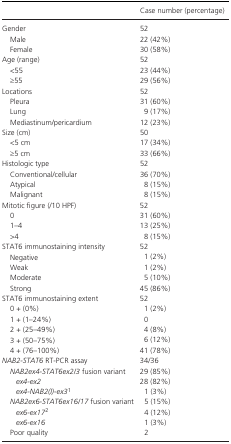
<table><thead><tr><td>[EMPTY_CELL]</td><td><b>Case number (percentage)</b></td></tr></thead><tbody><tr><td>Gender</td><td>52</td></tr><tr><td>Male</td><td>22 (42%)</td></tr><tr><td>Female</td><td>30 (58%)</td></tr><tr><td>Age (range)</td><td>52</td></tr><tr><td>&lt;55</td><td>23 (44%)</td></tr><tr><td>≥55</td><td>29 (56%)</td></tr><tr><td>Locations</td><td>52</td></tr><tr><td>Pleura</td><td>31 (60%)</td></tr><tr><td>Lung</td><td>9 (17%)</td></tr><tr><td>Mediastinum/pericardium</td><td>12 (23%)</td></tr><tr><td>Size (cm)</td><td>50</td></tr><tr><td>&lt;5 cm</td><td>17 (34%)</td></tr><tr><td>≥5 cm</td><td>33 (66%)</td></tr><tr><td>Histologic type</td><td>52</td></tr><tr><td>Conventional/cellular</td><td>36 (70%)</td></tr><tr><td>Atypical</td><td>8 (15%)</td></tr><tr><td>Malignant</td><td>8 (15%)</td></tr><tr><td>Mitotic figure (/10 HPF)</td><td>52</td></tr><tr><td>0</td><td>31 (60%)</td></tr><tr><td>1–4</td><td>13 (25%)</td></tr><tr><td>&gt;4</td><td>8 (15%)</td></tr><tr><td>STAT6 immunostaining intensity</td><td>52</td></tr><tr><td>Negative</td><td>1 (2%)</td></tr><tr><td>Weak</td><td>1 (2%)</td></tr><tr><td>Moderate</td><td>5 (10%)</td></tr><tr><td>Strong</td><td>45 (86%)</td></tr><tr><td>STAT6 immunostaining extent</td><td>52</td></tr><tr><td>0 + (0%)</td><td>1 (2%)</td></tr><tr><td>1 + (1–24%)</td><td>0</td></tr><tr><td>2 + (25–49%)</td><td>4 (8%)</td></tr><tr><td>3 + (50–75%)</td><td>6 (12%)</td></tr><tr><td>4 + (76–100%)</td><td>41 (78%)</td></tr><tr><td><i>NAB2‐STAT6</i> RT‐PCR assay</td><td>34/36</td></tr><tr><td><i>NAB2ex4‐STAT6ex2/3</i> fusion variant</td><td>29 (85%)</td></tr><tr><td><i>ex4‐ex2</i></td><td>28 (82%)</td></tr><tr><td><i>ex4‐NAB2(I)‐ex3</i>a</td><td>1 (3%)</td></tr><tr><td><i>NAB2ex6‐STAT6ex16/17</i> fusion variant</td><td>5 (15%)</td></tr><tr><td><i>ex6‐ex17</i>b</td><td>4 (12%)</td></tr><tr><td><i>ex6‐ex16</i></td><td>1 (3%)</td></tr><tr><td>Poor quality</td><td>2</td></tr></tbody></table>